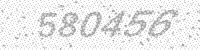
Solution: 580456